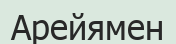
Арейямен